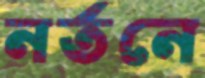
নর্তনে